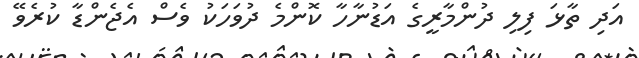
އަދި ތާޅަ ފިލި ދުންމާރީގެ އަޑުނާހާ ކޮންމެ ދުވަހަކު ވެސް އެޖެންޑާ ކުރެވޭ